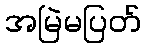
အမြဲမပြတ်